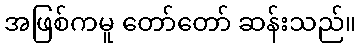
အဖြစ်ကမူ တော်တော် ဆန်းသည်။